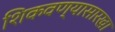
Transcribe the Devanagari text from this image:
शिकवण्यासारखा